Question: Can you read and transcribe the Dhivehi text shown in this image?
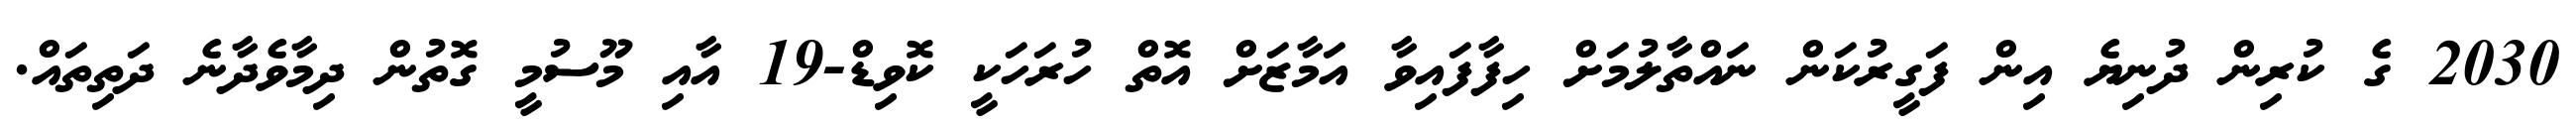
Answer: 2030 ގެ ކުރިން ދުނިޔެ އިން ފަގީރުކަން ނައްތާލުމަށް ހިފާފައިވާ އަމާޒަށް އޮތް ހުރަހަކީ ކޮވިޑް-19 އާއި މޫސުމީ ގޮތުން ދިމާވެދާނެ ދަތިތައް.